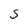
Character: S